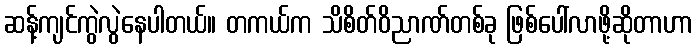
ဆန့်ကျင်ကွဲလွဲနေပါတယ်။ တကယ်က သိစိတ်ဝိညာဏ်တစ်ခု ဖြစ်ပေါ်လာဖို့ဆိုတာဟာ